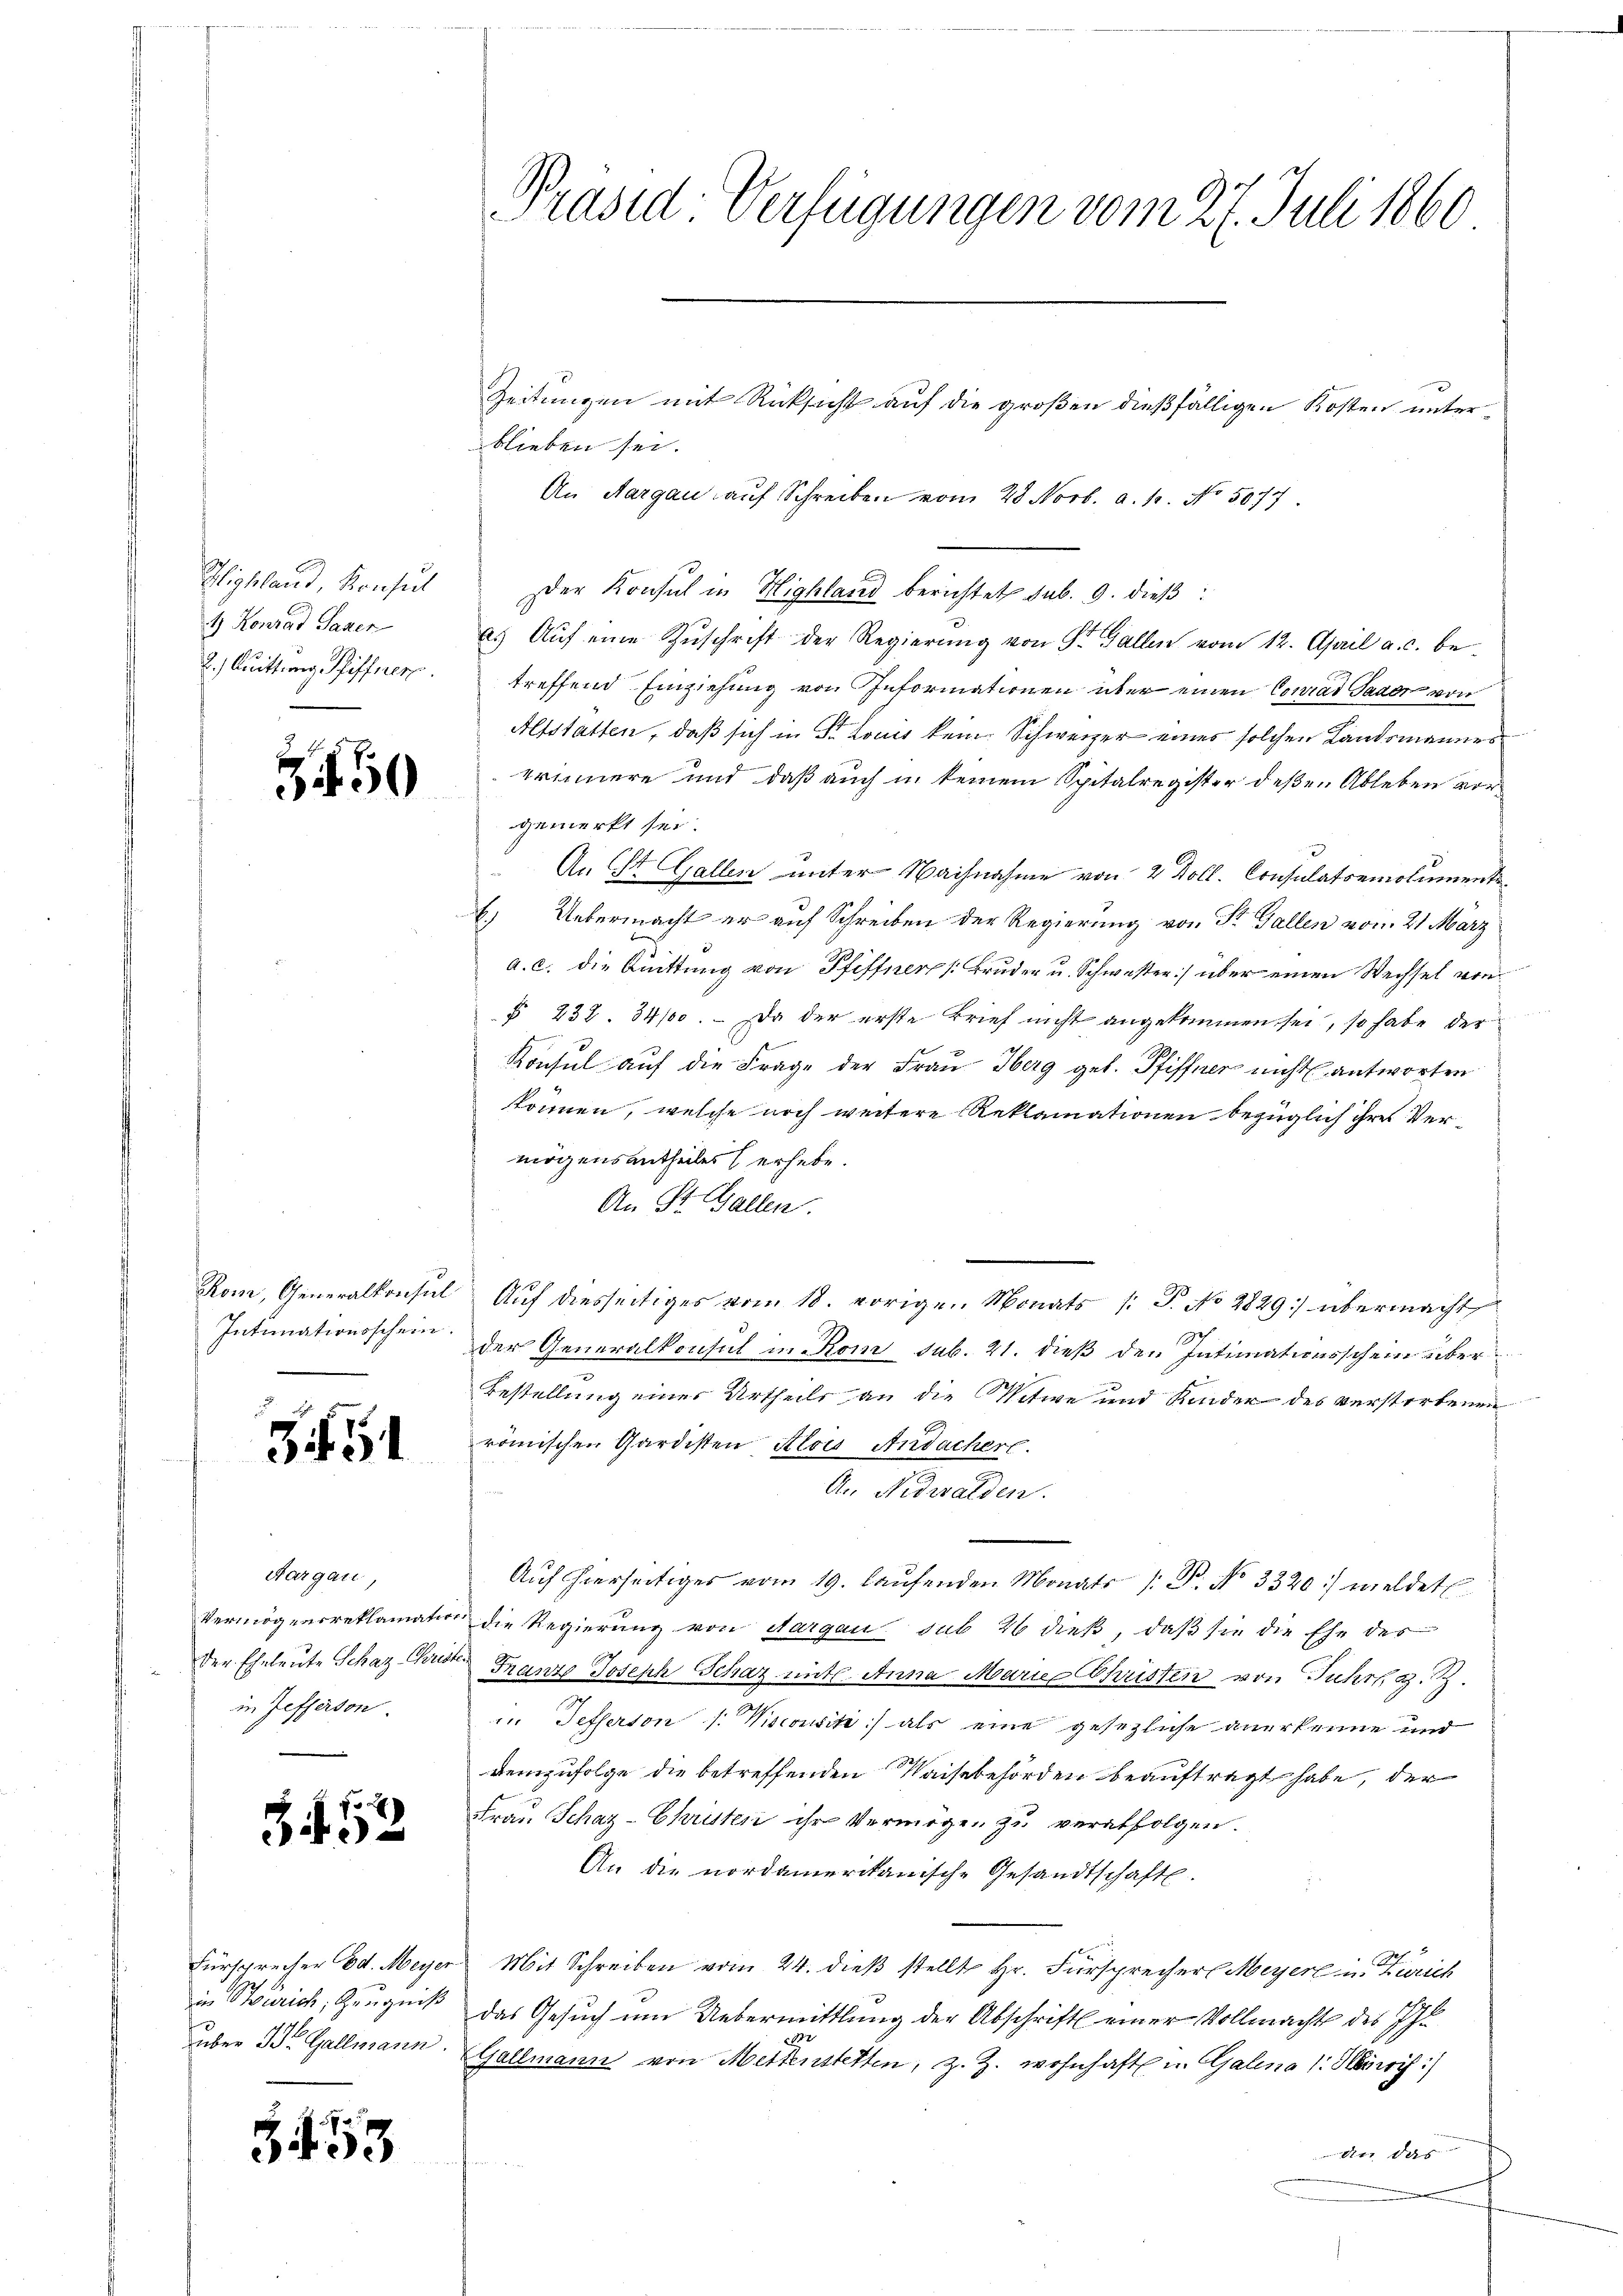
Phissland, Konsul
1) Konrad Gager

50

Intimationsschein

345

Aargau,
in Zefferson.

po
343

in Sourich, Zeugniß

3453

Präsid-Verfügungen vom 27. Juli 1860

Zeitungen mit Rücksicht auf die großen dießfälligen Kosten unterblieben sei.
An Aargau auf Schreiben vom 28. Novb. a. p. No. 5077.
Der Konsul in Highland berichtet sub. 9. dieß:
a. Aŭf eine Zŭschrift der Regierŭng von St. Gallen vom 12. April a. c. be-
2. Quittung Pfiffnen treffend Einziehung von Informationen über einen Conrad Saage von
Altstatten, daß sich in St. Louis kein Schweizer einer solchen Landsmannes
erinnere und daß auch in keinem Spitalregister deßen Ableben vorgemerkt sei.
An St. Gallen unter Nachnahme von 2 Doll. Consulatoemoluments¬
6.) Uebermacht er auf Schreiben der Regierung von St. Gallen vom 21 März
a. c. die Bittung von Pfiffner (Bruder u. Schwester) über einen Wechsel von
§ 238. 34100. – Da der erste Brief nicht angekommen sei, so habe der
Konsul auf die Frage der Frau Oberg geb. Pfiffner nicht antworten
können, welche noch weitere Reklamationen bezüglich ihre Vermögensantheiles erhebe.
An St. Gallen.
Rom, Generalkonsul Auf diesseitiges vom 18. vorigen Monats /: P. No 2829] übermacht
der Generalkonsul in Kom sub. 21. dieß den Intimationsschein über¬
Bestellung eines Urtheils an die Witwe und Kinder des verstorbenen
römischen Gardisten Alois Andacher.

An Nidwalden.
e
Auf hierseitiges vom 19. laŭfenden Monats /: B. No 3320) meldet
Vermögensreklamation die Regierung von Aargau sub 26 dieß, daß sie die Ehe des
der Eheleute Schaz Const Franz Joseph Schaz mit Anna Marie Schristen von Fuhrh z. B.
 Pefferton /: Wiscousit) als eine gesezliche anerkenne und
Demzufolge die betreffenden Waisebehörden beauftragt habe, der
Frau Schaz-Christen ihr Vermögen zu verabfolgen.
An die nordamerikanische Gesandtschaft.
Fürsprecher Ed. Meyer Mit Schreiben vom 24. dieβ stellt Hr. Fürsprecher Meyerl in Zürich
das Gesuch um Uebermittlung der Abschrift einer Vollmacht des Il
280
üben 3t Gallmann. Gallmann von Mettenstetten, z. Z. wohnhaft in Galina 1. Herisis :/
dr das
2 x